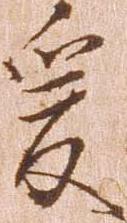
爰